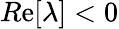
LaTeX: R\mathrm{e}[\lambda]<0